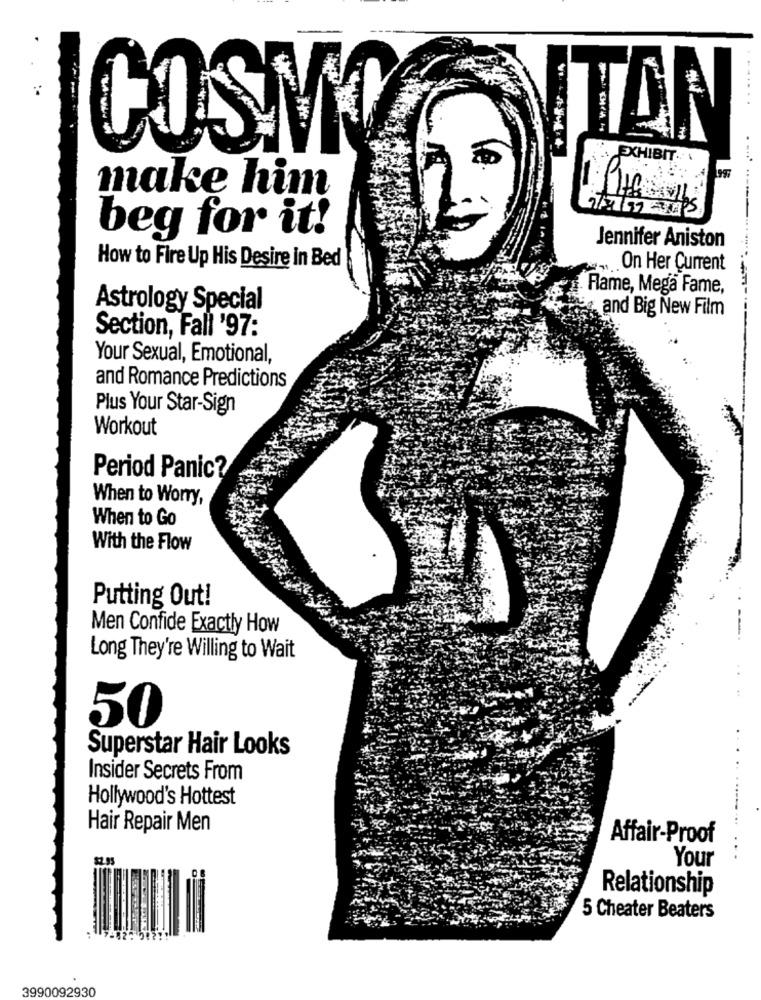
TAN
COSMO
EXHIBIT ...
make him
beg for it!
Jennifer Aniston
How to Fire Up His Desire in Bed
On Her Current
Flame, Mega Fame,
Astrology Special
and Big New Film
Section, Fall '97:
Your Sexual, Emotional,
and Romance Predictions
Plus Your Star-Sign
Workout
Period Panic?
When to Worry,
When to Go
With the Flow
Putting Out!
Men Confide Exactly How
Long They're Willing to Wait
50
Superstar Hair Looks
Insider Secrets From
Hollywood's Hottest
...
Hair Repair Men
Affair-Proof
..
Your
Relationship
5 Cheater Beaters
3990092930